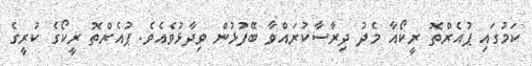
ކަމުގައި ޕުއެރްތޮ ރީކޯއާ މެދު ދިރާސާކުރައްވާ ބޭފުޅުން ވިދާޅުވެއެވެ. ޕުއެރްތޮ ރީކޯގެ ކުރީގެ